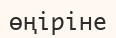
өңіріне